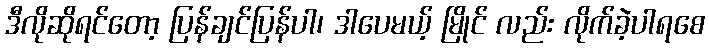
ဒီလိုဆိုရင်တော့ ပြန်ချင်ပြန်ပါ၊ ဒါပေမယ့် မြိုင် လည်း လိုက်ခဲ့ပါရစေ